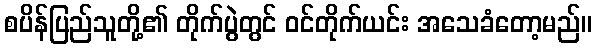
စပိန်ပြည်သူတို့၏ တိုက်ပွဲတွင် ဝင်တိုက်ယင်း အသေခံတော့မည်။